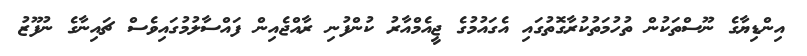
އިންޑިޔާގެ ނޫސްތަކުން ތުހުމަތުކުރާގޮތުގައި އެގައުމުގެ ޖީއެމްއާރު ކުންފުނި ރާއްޖެއިން ފައްސާލުމުގައިވެސް ޗައިނާގެ ނުފޫޒު